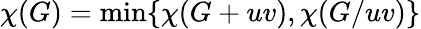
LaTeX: \chi(G)={\mathrm{min}}\{ \chi(G+uv),\chi(G/uv)\}